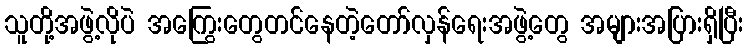
သူတို့အဖွဲ့လိုပဲ အကြွေးတွေတင်နေတဲ့တော်လှန်ရေးအဖွဲ့တွေ အများအပြားရှိပြီး